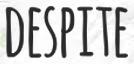
DESPITE